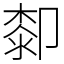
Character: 厀